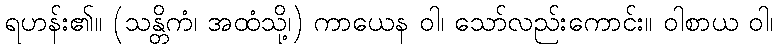
ရဟန်း၏။ (သန္တိကံ၊ အထံသို့၊) ကာယေန ဝါ၊ သော်လည်းကောင်း။ ဝါစာယ ဝါ၊